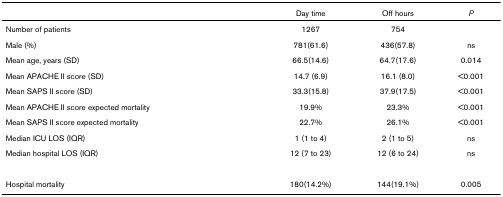
|  | Day time | Off hours | P |
 | --- | --- | --- | --- |
 | Number of patients | 1267 | 754 |  |
 | Male (%) | 781(61.6) | 436(57.8) | ns |
 | Mean age, years (SD) | 66.5(14.6) | 64.7(17.6) | 0.014 |
 | Mean APACHE II score (SD) | 14.7 (6.9) | 16.1 (8.0) | <0.001 |
 | Mean SAPS II score (SD) | 33.3(15.8) | 37.9(17.5) | <0.001 |
 | Mean APACHE II score expected mortality | 19.9% | 23.3% | <0.001 |
 | Mean SAPS II score expected mortality | 22.7% | 26.1% | <0.001 |
 | Median ICU LOS (IQR) | 1 (1 to 4) | 2 (1 to 5) | ns |
 | Median hospital LOS (IQR) | 12 (7 to 23) | 12 (6 to 24) | ns |
 | Hospital mortality | 180(14.2%) | 144(19.1%) | 0.005 |